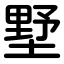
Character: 墅